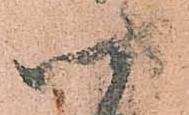
四